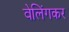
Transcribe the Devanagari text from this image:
वेलिंगकर